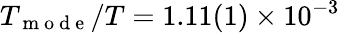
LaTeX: T_{\mathrm{~m~o~d~e~}}/T=1.11(1)\times 10^{-3}